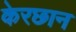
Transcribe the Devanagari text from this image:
केरछान